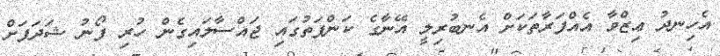
އެހިނދު ޢިޒްވާ އެއްފަރާތަކަށް އެނބުރިލީ އޭނާގެ ކަންފަތުގައި ޖައްސާލައިގެން ހުރި ފޯނު ޝަދަފަށް